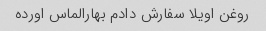
روغن اویلا سفارش دادم بهارالماس اورده